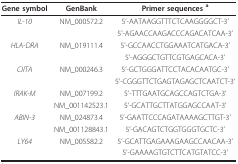
| Gene symbol | GenBank | Primer sequences a |
 | --- | --- | --- |
 | IL-10 | NM_000572.2 | 5'-AATAAGGTTTCTCAAGGGGCT-3' |
 |  |  | 5'-AGAACCAAGACCCAGACATCAA-3' |
 | HLA-DRA | NM_019111.4 | 5'-GCCAACCTGGAAATCATGACA-3' |
 |  |  | 5'-AGGGCTGTTCGTGAGCACA-3' |
 | CIITA | NM_000246.3 | 5'-GCTGGGATTCCTACACAATGC-3' |
 |  |  | 5'-CGGGTTCTGAGTAGAGCTCAATCT-3' |
 | IRAK-M | NM_007199.2 | 5'-TTTGAATGCAGCCAGTCTGA-3' |
 |  | NM_001142523.1 | 5'-GCATTGCTTATGGAGCCAAT-3' |
 | ABIN-3 | NM_024873.4 | 5'-GAATTCCCAGATAAAAGCTTGT-3' |
 |  | NM_001128843.1 | 5'-GACAGTCTGGTGGGTGCTC-3' |
 | LY64 | NM_005582.2 | 5'-GCATTGAGAAAGAAGCCAACAA-3' |
 |  |  | 5'-GAAAAGTGTCTTCATGTATCC-3' |